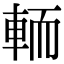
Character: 輀